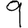
Digit: 9